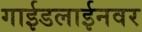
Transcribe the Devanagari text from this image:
गाईडलाईनवर